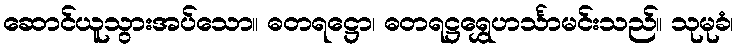
ဆောင်ယူသွားအပ်သော။ ဓတရဋ္ဌော၊ ဓတရဋ္ဌရွှေဟင်္သာမင်းသည်။ သုမုခံ၊